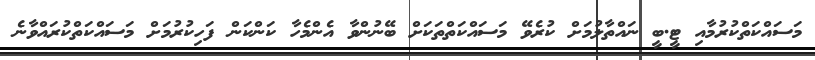
މަސައްކަތްކުރުމާއި ޓީ.ބީ ނައްތާލުމަށް ކުރެވޭ މަސައްކަތްތަކަށް ބޭނުންވާ އެންމެހާ ކަންކަން ފަހިކުރުމަށް މަސައްކަތްކުރައްވާނެ